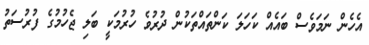
އެހެން ނަމަވެސް ބައެއް ކަހަލަ ކަންތައްތަކުން ދުރުވެ ހުރުމަކީ ބަލި ޖެހުމުގެ ފުރުސަތު